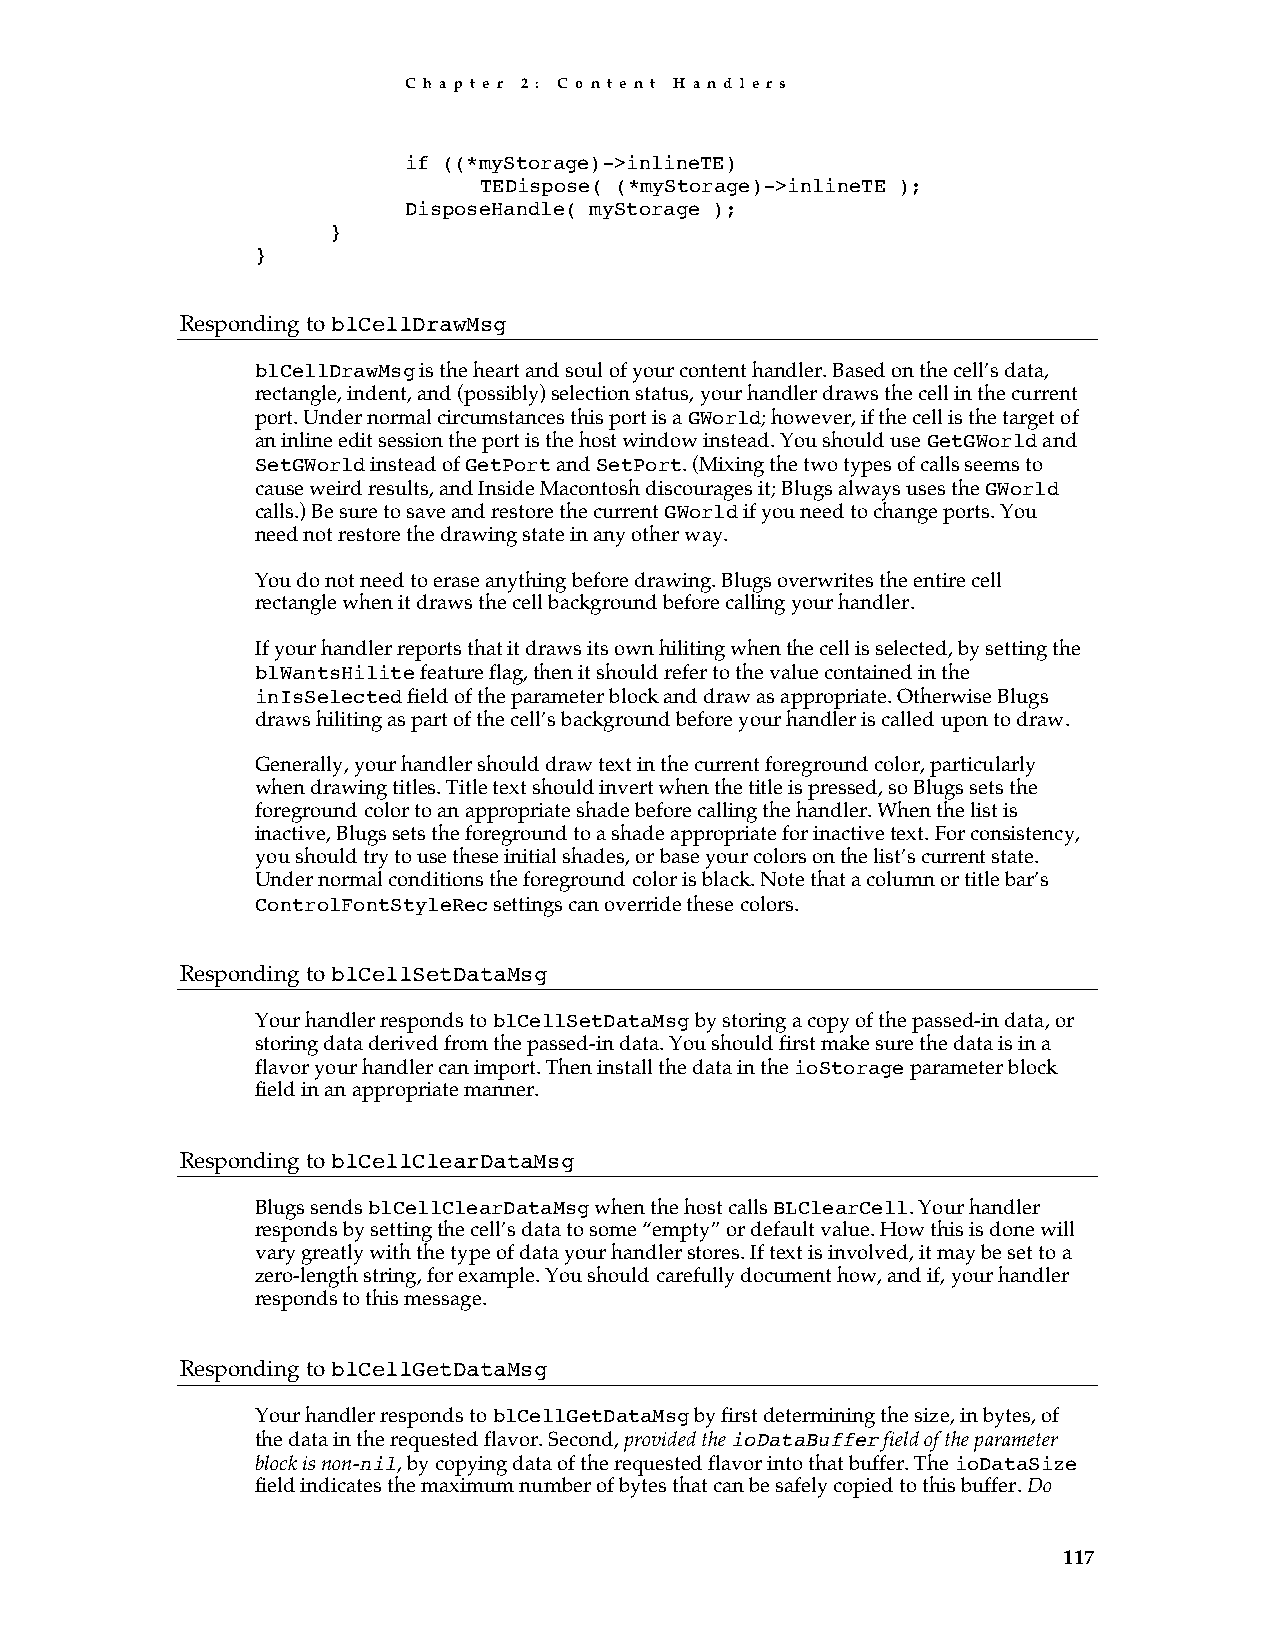
C h a p t e r 2 : C o n t e n t H a n d l e r s
 if ((*myStorage)->inlineTE)
 TEDispose( (*myStorage)->inlineTE );
 DisposeHandle( myStorage );
 }
 }
 Responding to blCellDrawMsg
 blCellDrawMsg is the heart and soul of your content handler. Based on the cell’s data,
 rectangle, indent, and (possibly) selection status, your handler draws the cell in the current
 port. Under normal circumstances this port is a GWorld; however, if the cell is the target of
 an inline edit session the port is the host window instead. You should use GetGWorld and
 SetGWorld instead of GetPort and SetPort. (Mixing the two types of calls seems to
 cause weird results, and Inside Macontosh discourages it; Blugs always uses the GWorld
 calls.) Be sure to save and restore the current GWorld if you need to change ports. You
 need not restore the drawing state in any other way.
 You do not need to erase anything before drawing. Blugs overwrites the entire cell
 rectangle when it draws the cell background before calling your handler.
 If your handler reports that it draws its own hiliting when the cell is selected, by setting the
 blWantsHilite feature flag, then it should refer to the value contained in the
 inIsSelected field of the parameter block and draw as appropriate. Otherwise Blugs
 draws hiliting as part of the cell’s background before your handler is called upon to draw.
 Generally, your handler should draw text in the current foreground color, particularly
 when drawing titles. Title text should invert when the title is pressed, so Blugs sets the
 foreground color to an appropriate shade before calling the handler. When the list is
 inactive, Blugs sets the foreground to a shade appropriate for inactive text. For consistency,
 you should try to use these initial shades, or base your colors on the list’s current state.
 Under normal conditions the foreground color is black. Note that a column or title bar’s
 ControlFontStyleRec settings can override these colors.
 Responding to blCellSetDataMsg
 Your handler responds to blCellSetDataMsg by storing a copy of the passed-in data, or
 storing data derived from the passed-in data. You should first make sure the data is in a
 flavor your handler can import. Then install the data in the ioStorage parameter block
 field in an appropriate manner.
 Responding to blCellClearDataMsg
 Blugs sends blCellClearDataMsg when the host calls BLClearCell. Your handler
 responds by setting the cell’s data to some “empty” or default value. How this is done will
 vary greatly with the type of data your handler stores. If text is involved, it may be set to a
 zero-length string, for example. You should carefully document how, and if, your handler
 responds to this message.
 Responding to blCellGetDataMsg
 Your handler responds to blCellGetDataMsg by first determining the size, in bytes, of
 the data in the requested flavor. Second, provided the ioDataBuffer field of the parameter
 block is non-nil, by copying data of the requested flavor into that buffer. The ioDataSize
 field indicates the maximum number of bytes that can be safely copied to this buffer. Do
 117